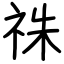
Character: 祩